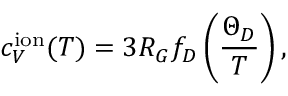
c _ { V } ^ { \mathrm { i o n } } ( T ) = 3 R _ { G } f _ { D } \left( \frac { \Theta _ { D } } { T } \right) ,